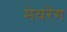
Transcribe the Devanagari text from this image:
मेयरेंग